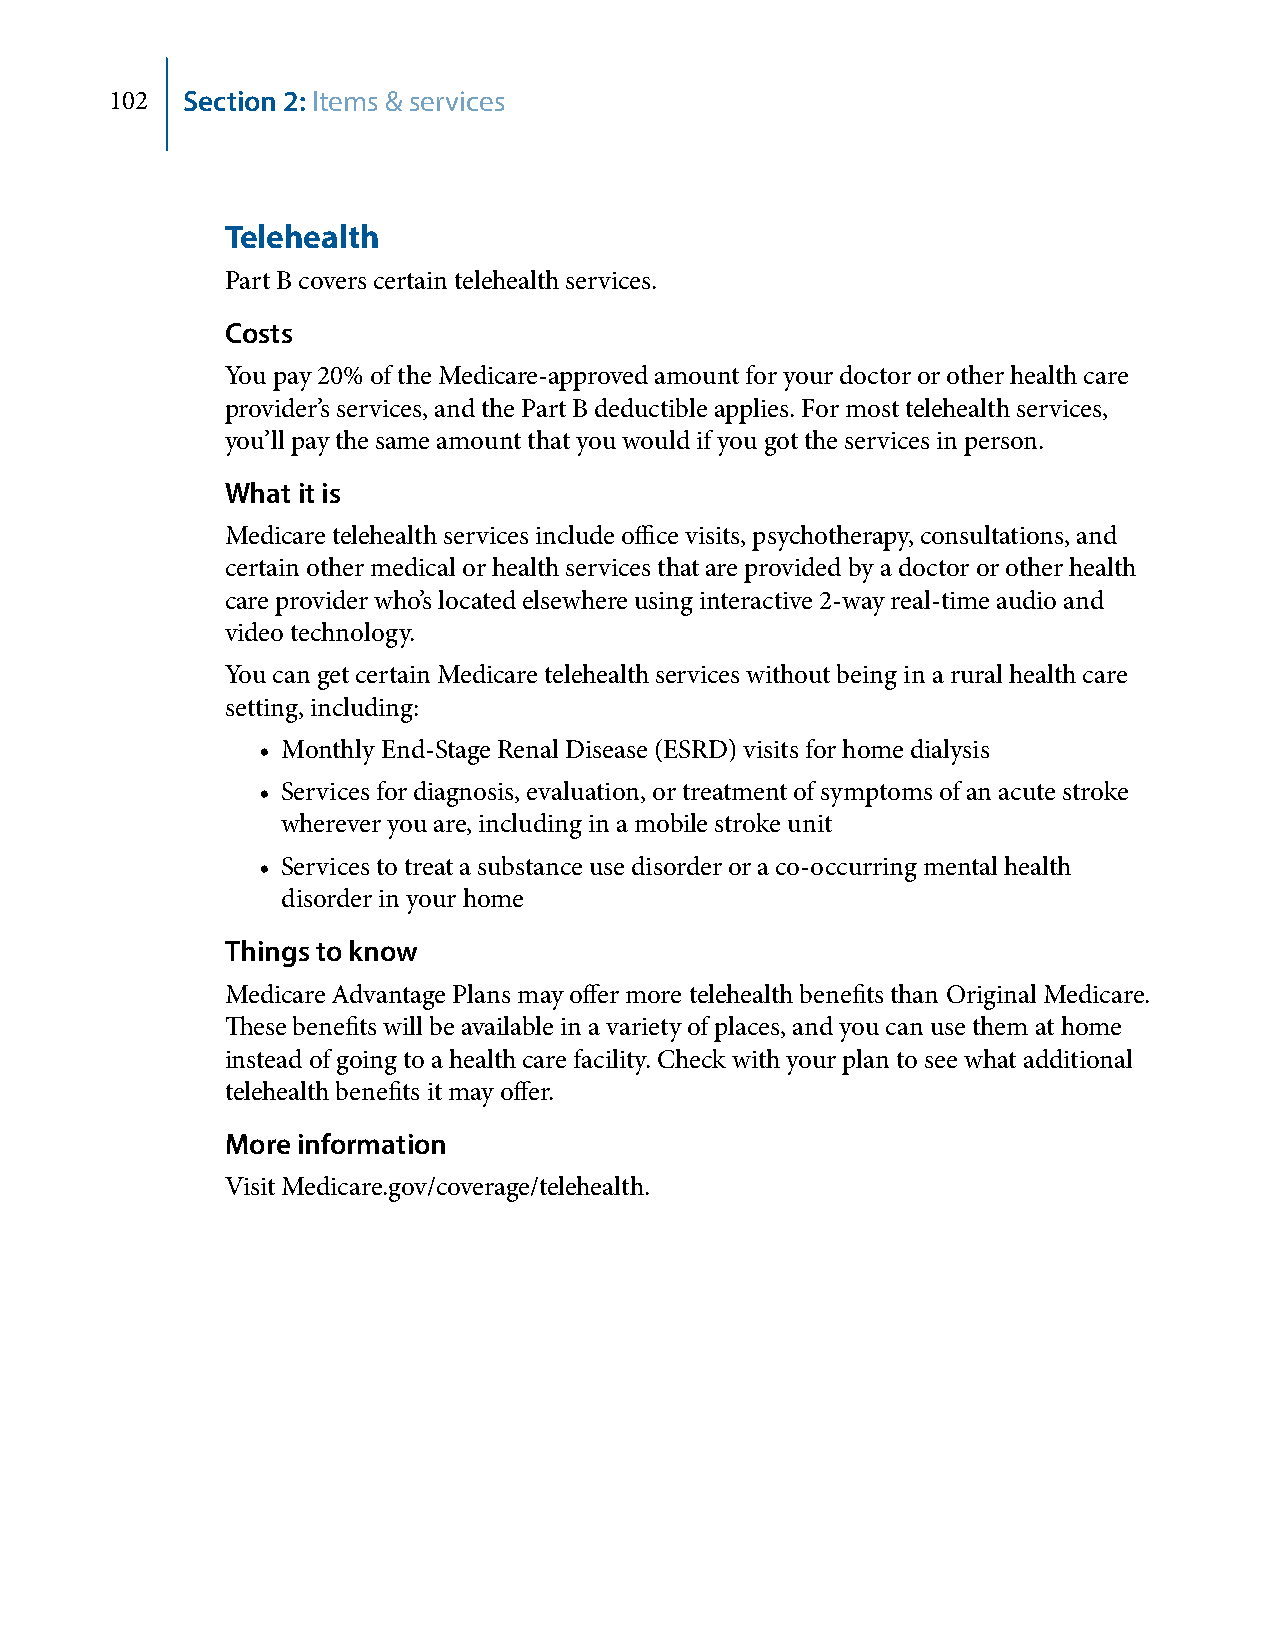
102  Section 2: Items & services
 Telehealth
 Part B covers certain telehealth services.
 Costs
 You pay 20% of the Medicare-approved amount for your doctor or other health care
 provider’s services, and the Part B deductible applies. For most telehealth services,
 you’ll pay the same amount that you would if you got the services in person.
 What it is
 Medicare telehealth services include office visits, psychotherapy, consultations, and
 certain other medical or health services that are provided by a doctor or other health
 care provider who’s located elsewhere using interactive 2-way real-time audio and
 video technology.
 You can get certain Medicare telehealth services without being in a rural health care
 setting, including:
 • Monthly End-Stage Renal Disease (ESRD) visits for home dialysis
 • Services for diagnosis, evaluation, or treatment of symptoms of an acute stroke
 wherever you are, including in a mobile stroke unit
 • Services to treat a substance use disorder or a co-occurring mental health
 disorder in your home
 Things to know
 Medicare Advantage Plans may offer more telehealth benefits than Original Medicare.
 These benefits will be available in a variety of places, and you can use them at home
 instead of going to a health care facility. Check with your plan to see what additional
 telehealth benefits it may offer.
 More information
 Visit Medicare.gov/coverage/telehealth.